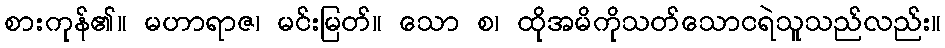
စားကုန်၏။ မဟာရာဇ၊ မင်းမြတ်။ သော စ၊ ထိုအမိကိုသတ်သောငရဲသူသည်လည်း။